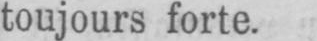
toujours forte.